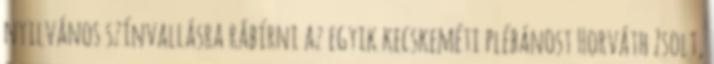
nyilvános színvallásra rábírni az egyik kecskeméti plébánost Horváth Zsolt,